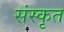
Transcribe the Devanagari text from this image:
संंस्कृृत